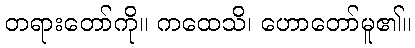
တရားတော်ကို။ ကထေသိ၊ ဟောတော်မူ၏။